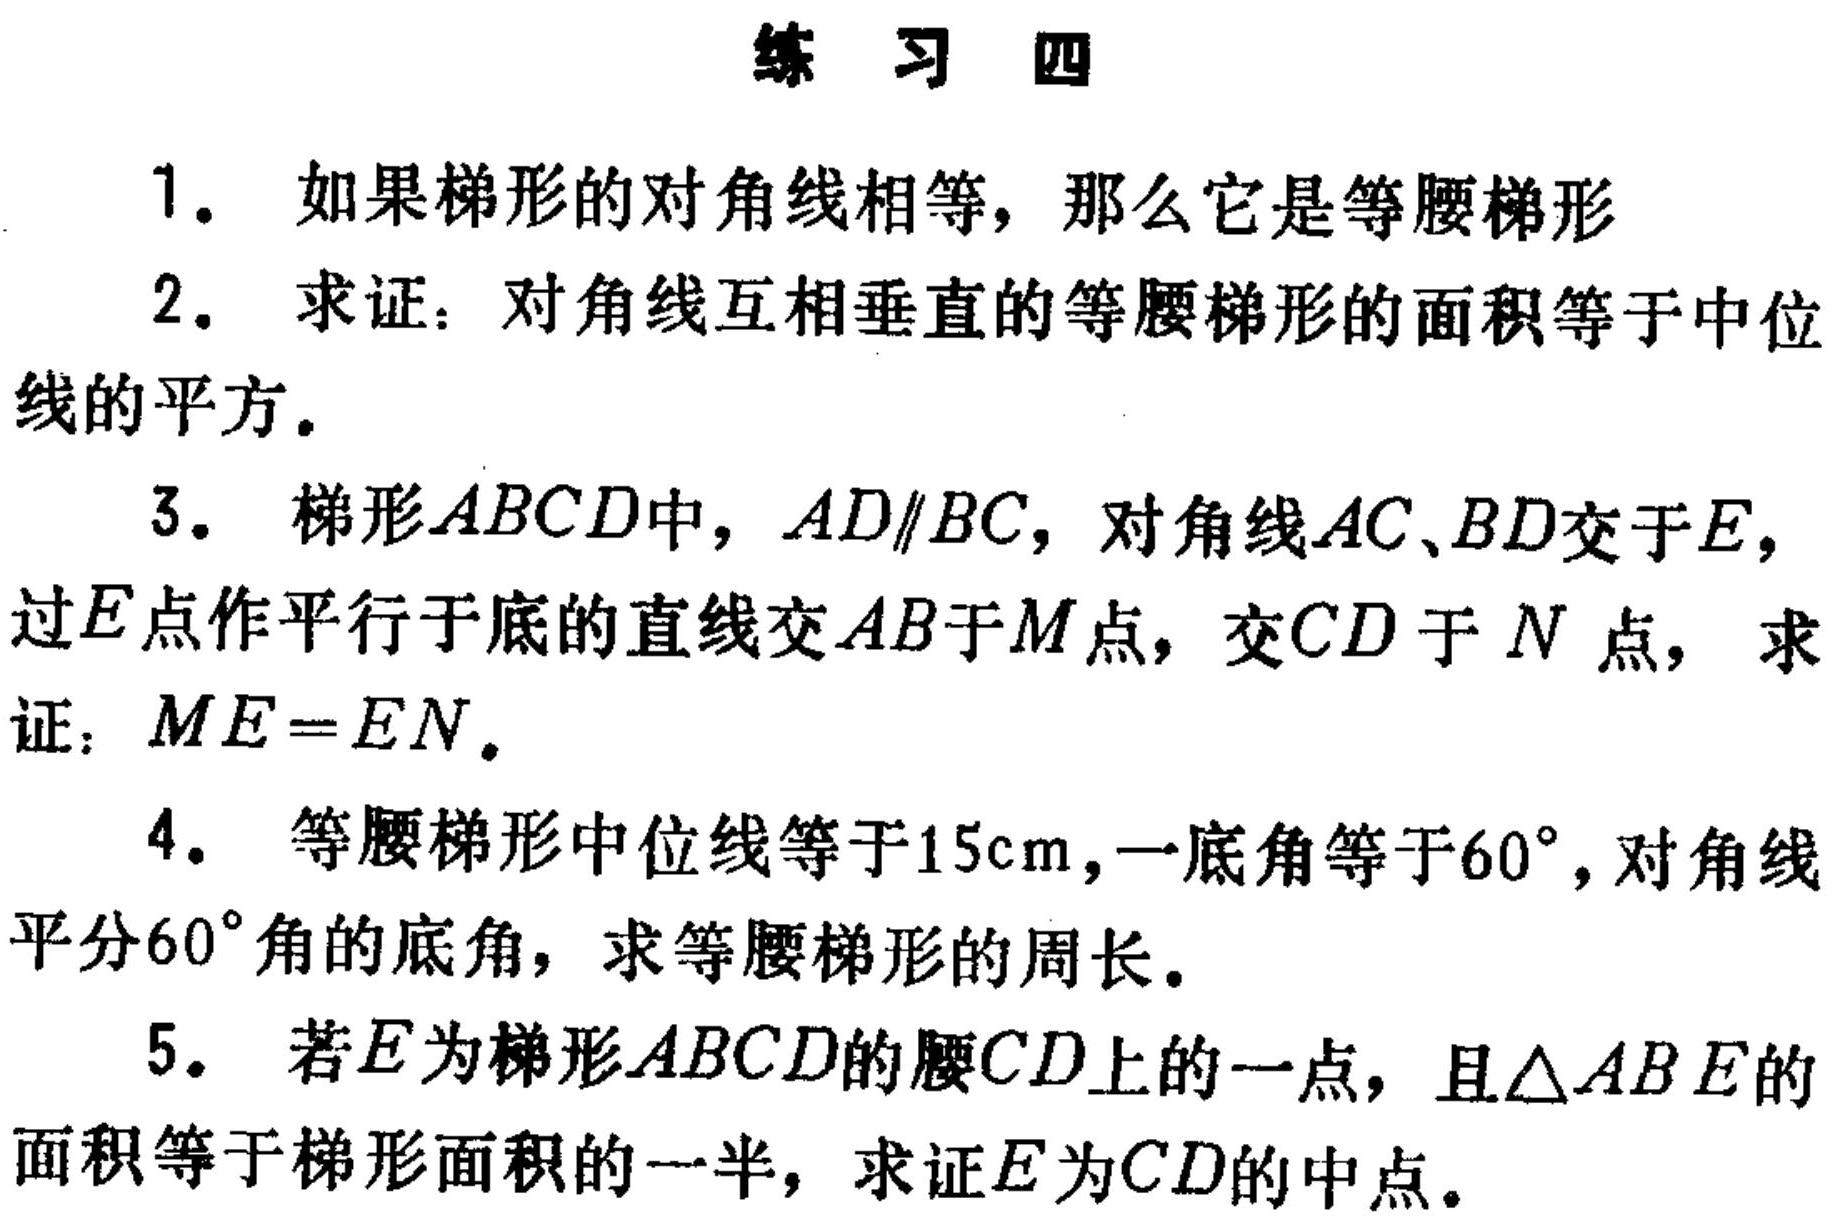
练 习 四
1. 如果梯形的对角线相等，那么它是等腰梯形
2. 求证：对角线互相垂直的等腰梯形的面积等于中位线的平方。
3. 梯形\(ABCD\)中，\(AD\parallel BC\)，对角线\(AC\)、\(BD\)交于\(E\)，过\(E\)点作平行于底的直线交\(AB\)于\(M\)点，交\(CD\)于 \(N\) 点，求证：\(ME = EN\)。
4. 等腰梯形中位线等于\(15\text{cm}\)，一底角等于\(60^{\circ}\)，对角线平分\(60^{\circ}\)角的底角，求等腰梯形的周长。
5. 若\(E\)为梯形\(ABCD\)的腰\(CD\)上的一点，且\(\triangle ABE\)的面积等于梯形面积的一半，求证\(E\)为\(CD\)的中点。